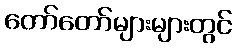
တော်တော်များများတွင်